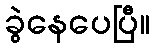
ခွဲနေပေပြီ။